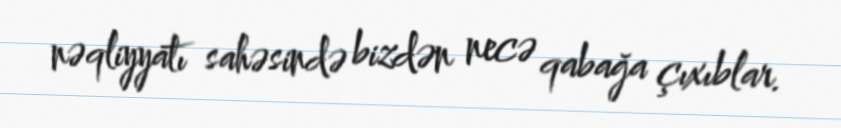
nəqliyyatı sahəsində bizdən necə qabağa çıxıblar.